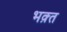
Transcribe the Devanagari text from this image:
भक़्त